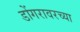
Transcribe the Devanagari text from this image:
डोंगरावरच्या